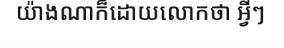
យ៉ាងណាក៏ដោយលោកថា អ្វីៗ